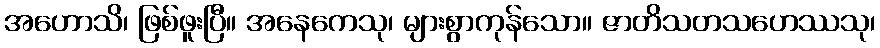
အဟောသိ၊ ဖြစ်ဖူးပြီ။ အနေကေသု၊ များစွာကုန်သော။ ဇာတိသတသဟေဿသု၊